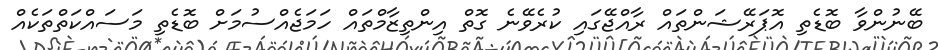
ބޭނުންވާ ބޮޑެތި އޮޕަރޭޝަންތައް ރާއްޖޭގައި ކުރެވޭނެ ގޮތް އިންތިޒާމްތައް ހަމަޖެއްސުމަށް ބޮޑެތި މަސައްކަތްތަކެއް